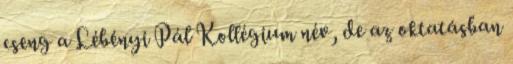
cseng a Lébényi Pál Kollégium név, de az oktatásban